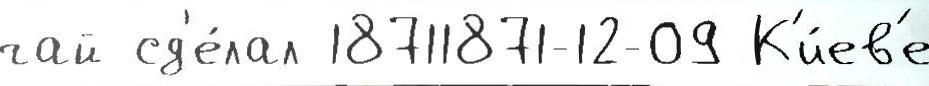
чай сд'е́лал 18711871-12-09 К'и́ев'е